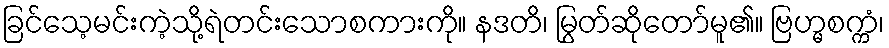
ခြင်သေ့မင်းကဲ့သို့ရဲတင်းသောစကားကို။ နဒတိ၊ မြွတ်ဆိုတော်မူ၏။ ဗြဟ္မစက္ကံ၊